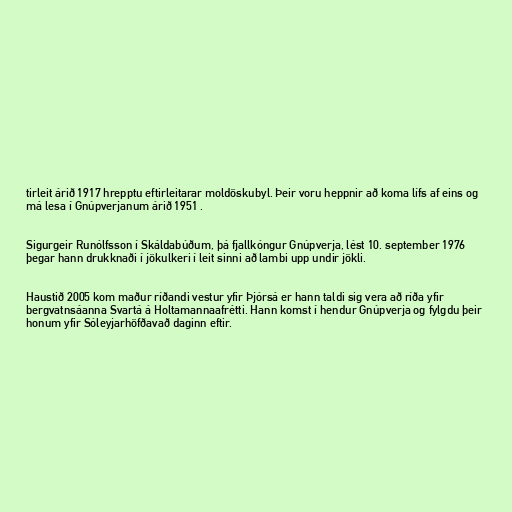
tirleit árið 1917 hrepptu eftirleitarar moldöskubyl. Þeir voru heppnir að koma lífs af eins og
má lesa í Gnúpverjanum árið 1951 .

Sigurgeir Runólfsson í Skáldabúðum, þá fjallkóngur Gnúpverja, lést 10. september 1976
þegar hann drukknaði í jökulkeri í leit sinni að lambi upp undir jökli.

Haustið 2005 kom maður ríðandi vestur yfir Þjórsá er hann taldi sig vera að ríða yfir
bergvatnsáanna Svartá á Holtamannaafrétti. Hann komst í hendur Gnúpverja og fylgdu þeir
honum yfir Sóleyjarhöfðavað daginn eftir.